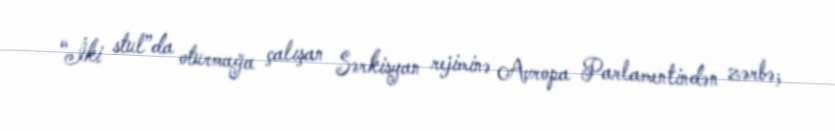
“İki stul”da oturmağa çalışan Sərkisyan rejiminə Avropa Parlamentindən zərbə;